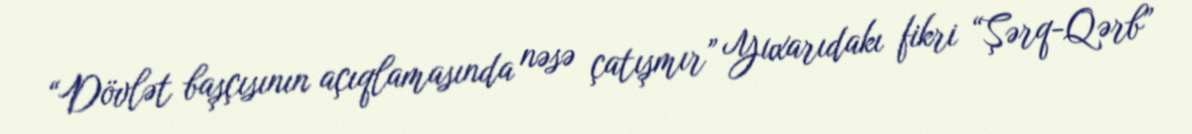
“Dövlət başçısının açıqlamasında nəsə çatışmır” Yuxarıdakı fikri “Şərq-Qərb”